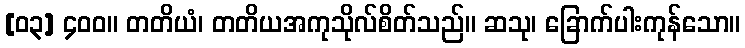
[၀၃] ၄၀၀။ တတိယံ၊ တတိယအကုသိုလ်စိတ်သည်။ ဆသု၊ ခြောက်ပါးကုန်သော။